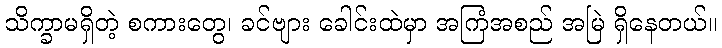
သိက္ခာမရှိတဲ့ စကားတွေ၊ ခင်ဗျား ခေါင်းထဲမှာ အကြံအစည် အမြဲ ရှိနေတယ်။